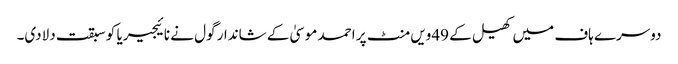
دوسرے ہاف میں کھیل کے 49ویں منٹ پر احمد موسیٰ کے شاندار گول نے نائیجیریا کو سبقت دلادی۔